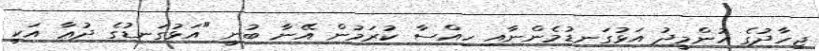
ޖިހާދުގެ އުންމީދު އަޅުގަނޑުމެންނާއި ހިއްސާ ކުރަމުން އޭނާ ބުނީ "އަޅުގަނޑުގެ ދުޢާ އަކީ